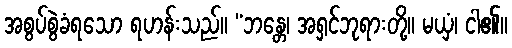
အစွပ်စွဲခံရသော ရဟန်းသည်။ “ဘန္တေ၊ အရှင်ဘုရားတို့။ မယှံ၊ ငါ၏။